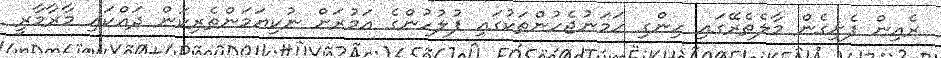
ރެއިން ފެށިގެން މާލެތެރޭގައި ހިންގި ހަމަނުޖެހުންތަކުގައި ފުލުހުންގެ އަމުރަށް ނުކިޔަމަންތެރިކަން ދައްކައި މާރާމާރީ